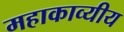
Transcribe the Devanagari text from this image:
महाकाव्यीय